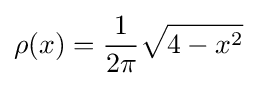
\rho (x)={\frac {1}{2\pi }}{\sqrt {4-x^{2}}}